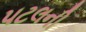
પટલની